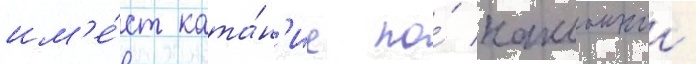
им'е́ет ката́н'ие по́ наклоннои